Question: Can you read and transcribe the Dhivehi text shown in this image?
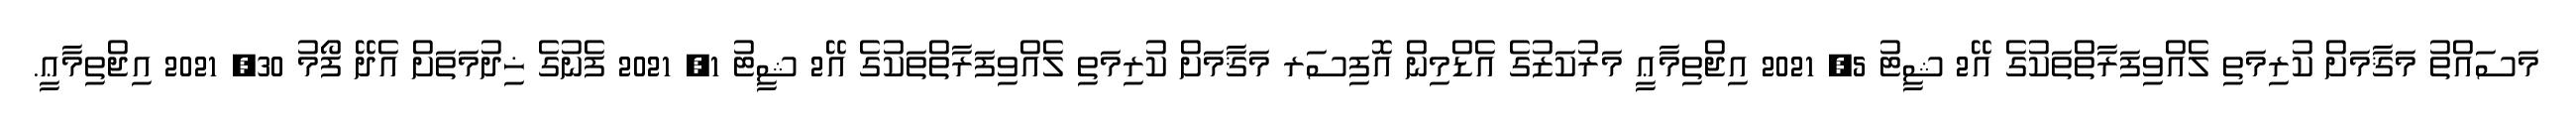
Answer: މަސައްތު މަޤާމަށް ކުރިމަތި ލެއްވިފަރާތްތަކުގެ އޭ2 ޝީޓު 5, 2021 އިޖްތިމާޢީ މަރުކަޒުގެ އެޑްމިން އޮފިސަރ މަޤާމަށް ކުރިމަތި ލެއްވިފަރާތްތަކުގެ އޭ2 ޝީޓު 1, 2021 ފެނުގެ ޚިދުމަތަށް އެދޭ ފޯމު 30, 2021 އިޖްތިމާޢީ.